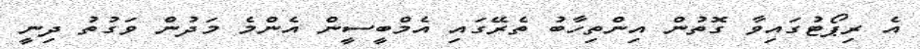
އެ ރިޕޯޓުގައިވާ ގޮތުން އިންތިހާބު ތެރޭގައި އެމްބީސީން އެންމެ މަދުން ވަގުތު ދިނީ